Snake-venoms in relation to hæmolysis - Number 17
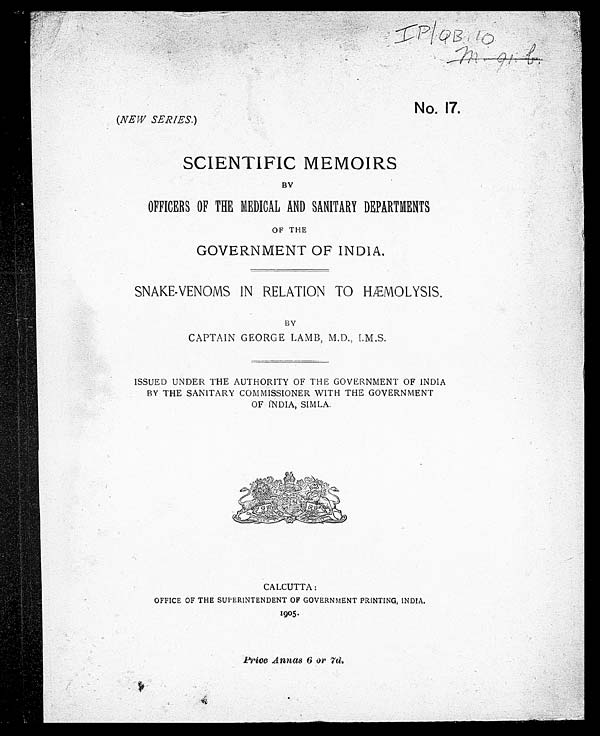
IP/QB,10
(NEW SERIES. )
No. 17.
SCIENTIFIC MEMOIRS
BY
OFFICERS OF THE MEDICAL AND SANITARY DEPARTMENTS
OF THE
GOVERNMENT OF INDIA.
SNAKE-VENOMS IN RELATION TO HÆMOLYSIS.
BY
CAPTAIN GEORGE LAMB, M.D., I.M.S.
ISSUED UNDER THE AUTHORITY OF THE GOVERNMENT OF INDIA
BY THE SANITARY COMMISSIONER WITH THE GOVERNMENT
OF INDIA, SIMLA.
CALCUTTA:
OFFICE OF THE SUPERINTENDENT OF GOVERNMENT PRINTING, INDIA
.
1905.
Price Annas 6 or 7d.